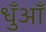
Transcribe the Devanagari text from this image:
धुँआँ